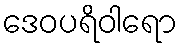
ဒေဝပရိဝါရော